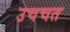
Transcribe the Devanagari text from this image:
उचचत